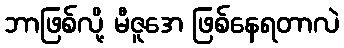
ဘာဖြစ်လို့ မီဇူအေ ဖြစ်နေရတာလဲ